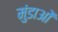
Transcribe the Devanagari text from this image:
मुंडाओं